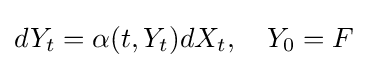
dY_{t}=\alpha (t,Y_{t})dX_{t},\quad Y_{0}=F